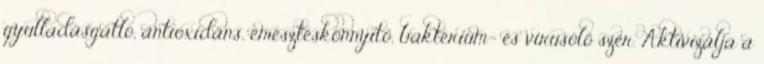
gyulladásgátló, antioxidáns, emésztéskönnyítő, baktérium- és vírusölő szer. Aktivizálja a